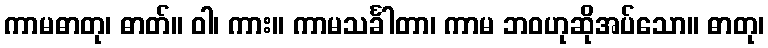
ကာမဓာတု၊ ဓာတ်။ ဝါ၊ ကား။ ကာမသင်္ခါတာ၊ ကာမ ဘဝဟုဆိုအပ်သော။ ဓာတု၊